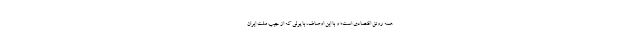
همه رونق اقتصادی است؛ و با این اوصاف، با پولی که از جیب ملت ایران